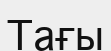
Тағы